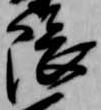
隈